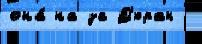
она́ на за Д'юран